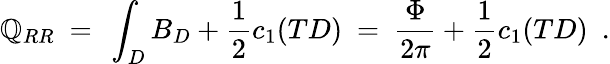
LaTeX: \mathbb{Q}_{RR}\ =\ \int_{D}B_{D}+\frac{{1}}{{2}}c_{1}(TD)\ =\ \frac{{\Phi}}{{2\pi}}+\frac{{1}}{{2}}c_{1}(TD)\ \ .